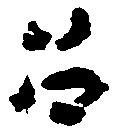
召